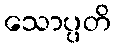
သောပ္ပတိ